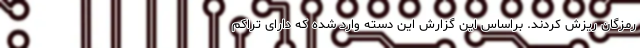
رمزگان ریزش کردند. براساس این گزارش این دسته وارد شده که دارای تراکم